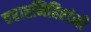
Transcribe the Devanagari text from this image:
वराहमिहिरांनी